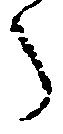
う